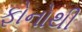
ફોનોથી